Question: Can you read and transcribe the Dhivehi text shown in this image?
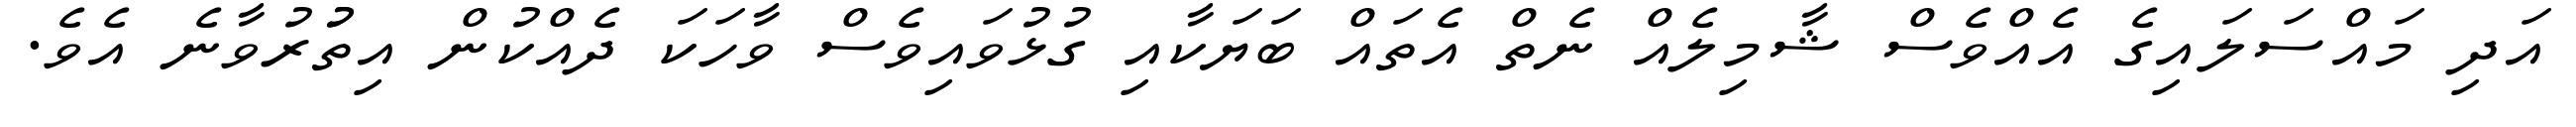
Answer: އަދި މައްސަލައިގެ އެއްވެސް ޝާމިލެއް ނެތް އެތައް ބަޔަކާއި ގުޅުވައިވެސް ވާހަކަ ދެއްކުން އިތުުރުވާނެ އެވެ.